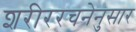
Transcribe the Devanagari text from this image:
शरीररचनेनुसार